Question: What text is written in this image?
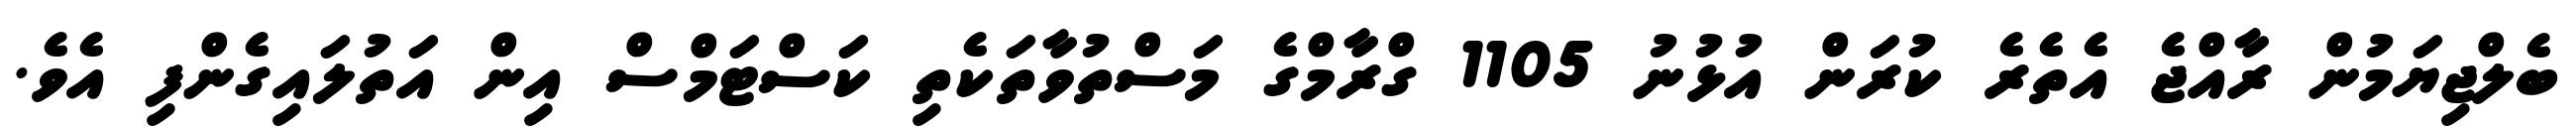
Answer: ބެލްޖިޔަމުން ރާއްޖެ އެތެރެ ކުރަން އުޅުނު 1105 ގްރާމްގެ މަސްތުވާތަކެތި ކަސްޓަމްސް އިން އަތުލައިގެންފި އެވެ.